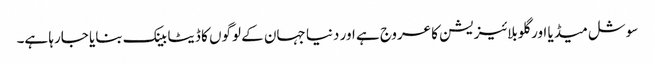
سوشل میڈیا اور گلوبلائیزیشن کا عروج ہے اور دنیا جہان کے لوگوں کا ڈیٹا بینک بنایا جارہا ہے۔